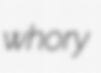
whory